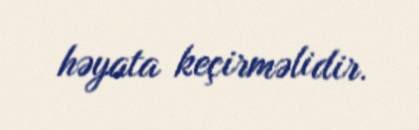
həyata keçirməlidir.